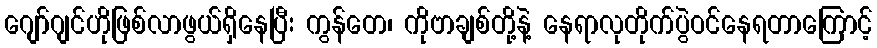
ဂျော်ဂျင်ဟိုဖြစ်လာဖွယ်ရှိနေပြီး ကွန်တေ၊ ကိုဗာချစ်တို့နဲ့ နေရာလုတိုက်ပွဲဝင်နေရတာကြောင့်